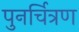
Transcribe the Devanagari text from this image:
पुनर्चित्रण